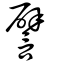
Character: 譬